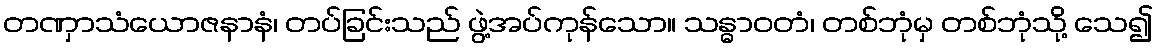
တဏှာသံယောဇနာနံ၊ တပ်ခြင်းသည် ဖွဲ့အပ်ကုန်သော။ သန္ဓာဝတံ၊ တစ်ဘုံမှ တစ်ဘုံသို့ သေ၍